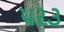
પર૩